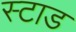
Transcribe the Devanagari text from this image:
स्टाड